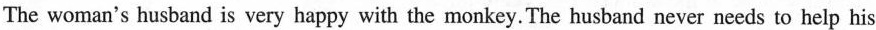
The woman's husband is very happy with the monkey.The husband never needs to help his